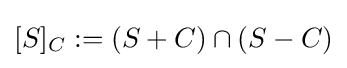
[S]_{C}:=(S+C)\cap (S-C)